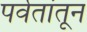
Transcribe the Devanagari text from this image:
पर्वतांतून